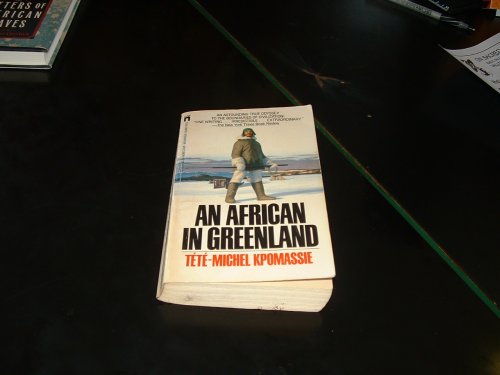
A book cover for An African in Greenland; Tete-Michel KPOMASSIE; History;